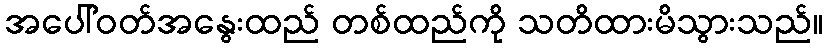
အပေါ်ဝတ်အနွေးထည် တစ်ထည်ကို သတိထားမိသွားသည်။